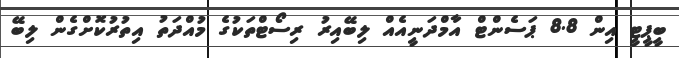
ބީޕީޓީ އިން 8.8 ޕަސެންޓް އާމްދަނީއެއް ލިބޭއިރު ރިސޯޓްތަކުގެ މުއްދަތު އިތުރުކޮށްގެން ލިބޭ